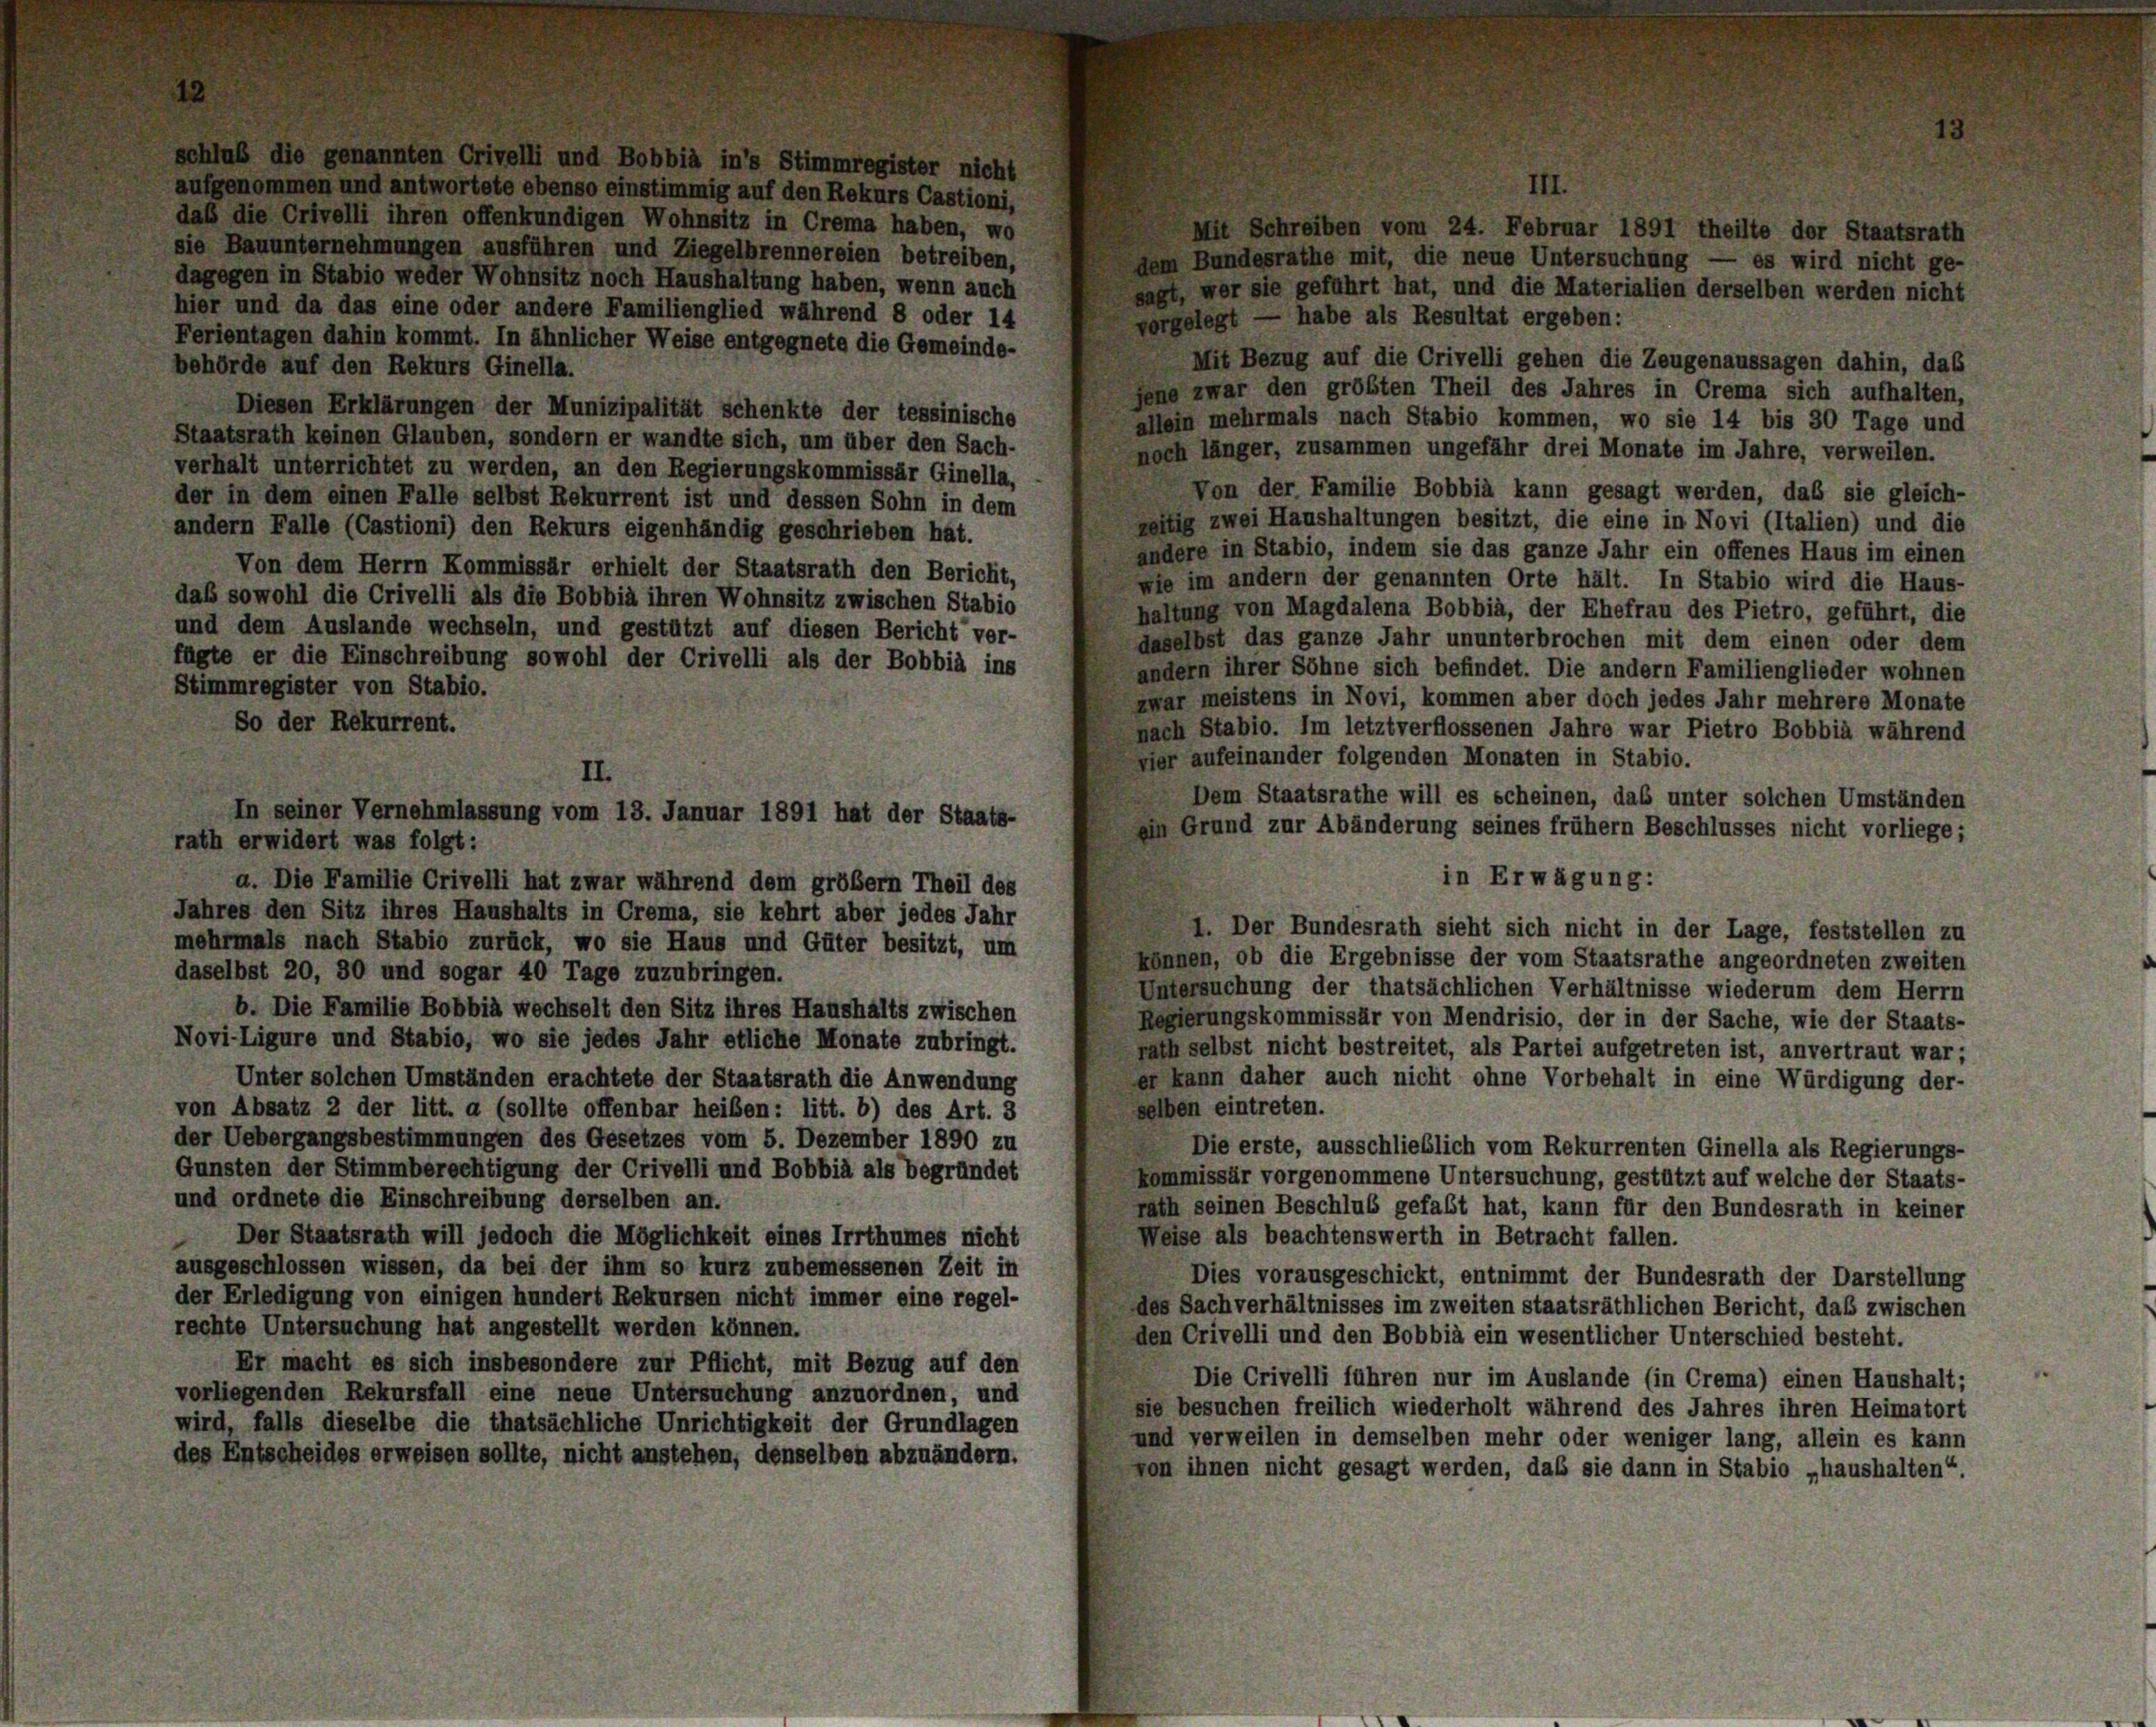
schluß die genannten Crivelli und Bobbia in’s Stimmregister nicht
III.
aufgenommen und antwortete ebenso einstimmig auf den Rekurs Castioni,
daß die Crivelli ihren offenkundigen Wohnsitz in Crema haben, wo
Mit Schreiben vom 24. Februar 1891 theilte der Staatsrath
sie Bauunternehmungen ausführen und Ziegelbrennereien betreiben,
dem Bundesrathe mit, die neue Untersuchung — es wird nicht ge-
dagegen in Stabio weder Wohnsitz noch Haushaltung haben, wenn auch
sagt, wer sie geführt hat, und die Materialien derselben werden nicht
hier und da das eine oder andere Familienglied während 8 oder 14
vorgelegt — habe als Resultat ergeben:
Ferientagen dahin kommt. In ähnlicher Weise entgegnete die Gemeinde-
Mit Bezug auf die Crivelli gehen die Zeugenaussagen dahin, das
behörde auf den Rekurs Ginella.
jene zwar den größten Theil des Jahres in Crema sich aufhalten,
Diesen Erklärungen der Munizipalität schenkte der tessinische
allein mehrmals nach Stabio kommen, wo sie 14 bis 30 Tage und
Staatsrath keinen Glauben, sondern er wandte sich, um über den Sach-
noch länger, zusammen ungefähr drei Monate im Jahre, verweilen.
verhalt unterrichtet zu werden, an den Regierungskommissär Ginella,
Von der Familie Bobbia kann gesagt werden, das sie gleich-
der in dem einen Falle selbst Rekurrent ist und dessen Sohn in dem
reitig zwei Haushaltungen besitzt, die eine in Novi (Italien) und die
andern Falle (Castioni) den Rekurs eigenhändig geschrieben hat.
andere in Stabio, indem sie das ganze Jahr ein offenes Haus im einen
Von dem Herrn Kommissär erhielt der Staatsrath den Bericht,
wie im andern der genannten Orte hält. In Stabio wird die Haus-
daß sowohl die Crivelli als die Bobbia ihren Wohnsitz zwischen Stabio
haltung von Magdalena Bobbia, der Ehefrau des Pietro, geführt, die
und dem Auslande wechseln, und gestützt auf diesen Bericht ver-
daselbst das ganze Jahr ununterbrochen mit dem einen oder dem
fügte er die Einschreibung sowohl der Crivelli als der Bobbia ins
andern ihrer Söhne sich befindet. Die andern Familienglieder wohnen
Stimmregister von Stabio.
zwar meistens in Novi, kommen aber doch jedes Jahr mehrere Monate
So der Rekurrent.
nach Stabio. Im letztverflossenen Jahre war Pietro Bobbia während
vier aufeinander folgenden Monaten in Stabio.
Dem Staatsrathe will es scheinen, das unter solchen Umständen
emn Grund zur Abänderung seines frühem Beschlusses nicht vorliege;
rath erwidert was folgt:
in Erwägung:
a. Die Familie Crivelli hat zwar während dem größern Theil des
Jahres den Sitz ihres Haushalts in Crema, sie kehrt aber jedes Jahr
I. Der Bundesrath sieht sich nicht in der Lage, feststellen zu
mehrmals nach Stabio zurück, wo sie Haus und Güter besitzt, um
können, ob die Ergebnisse der vom Staatsrathe angeordneten zweiten
daselbst 20, 80 und sogar 40 Tage zuzubringen.
Untersuchung der thatsächlichen Verhältnisse wiederum dem Herrn
b. Die Familie Bobbia wechselt den Sitz ihres Haushalts zwischen
Regierungskommissär von Mendrisio, der in der Sache, wie der Staats-
Novi-Ligure und Stabio, wo sie jedes Jahr etliche Monate zubringt.
rath selbst nicht bestreitet, als Partei aufgetreten ist, anvertraut war;
er kann daher auch nicht ohne Vorbehalt in eine Würdigung der-
Unter solchen Umständen erachtete der Staatsrath die Anwendung
selben eintreten.
von Absatz 2 der litt. a (sollte offenbar heiben: litt. b) des Art. 3
der Uebergangsbestimmungen des Gesetzes vom 5. Dezember 1890 zu
Die erste, ausschließlich vom Rekurrenten Ginella als Regierungs-
Gunsten der Stimmberechtigung der Crivelli und Bobbia als begründet
kommissär vorgenommene Untersuchung, gestützt auf welche der Staats-
und ordnete die Einschreibung derselben an.
rath seinen Beschluß gefaßt hat, kann für den Bundesrath in keiner
Weise als beachtenswerth in Betracht fallen.
Der Staatsrath will jedoch die Möglichkeit eines Irrthumes nicht
ausgeschlossen wissen, da bei der ihm so kurz zubemessenen Zeit in
Dies vorausgeschickt, entnimmt der Bundesrath der Darstellung
der Erledigung von einigen hundert Rekursen nicht immer eine regel-
des Sachverhältnisses im zweiten staatsräthlichen Bericht, daß zwischen
rechte Untersuchung hat angestellt werden können.
den Crivelli und den Bobbia ein wesentlicher Unterschied besteht.
Er macht es sich insbesondere zur Pflicht, mit Bezug auf den
Die Crivelli führen nur im Auslande (in Crema) einen Haushalt;
vorliegenden Rekursfall eine neue Untersuchung anzuordnen, und
sie besuchen freilich wiederholt während des Jahres ihren Heimatort
wird, falls dieselbe die thatsächliche Unrichtigkeit der Grundlagen
und verweilen in demselben mehr oder weniger lang, allein es kann
des Entscheides erweisen sollte, nicht anstehen, denselben abzuändern.
von ihnen nicht gesagt werden, das sie dann in Stabio „haushalten“.

II.
In seiner Vernehmlassung vom 13. Januar 1891 hat der Staats-